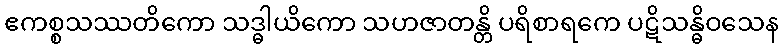
ဧကစ္စသဿတိကော သဒ္ဓါယိကော သဟဇာတန္တိ ပရိစာရကေ ပဋိသန္ဓိဝသေန